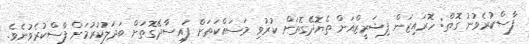
ފާސްކުރެވުނު ގޮތް: ހޮރައިޒަން ފިޝަރީޒްއަށް ތެޔޮދޭގޮތަށް ކުރުވި މަސައްކަތަށް ފައިސާދޭގޮތަށް ބަދަލުކުރުމަށް ފާސްކުރެވުނެވެ.